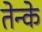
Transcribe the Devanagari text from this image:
तेन्के